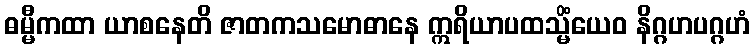
ဓမ္မီကထာ ယာစနေတိ ဇာတကသမောဓာနေ ဣရိယာပထသ္မိံယေဝ နိဂ္ဂဟပဂ္ဂဟံ